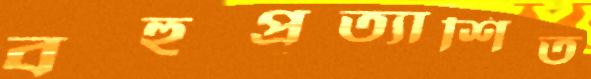
বহুপ্রত্যাশিত